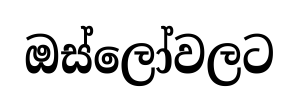
ඔස්ලෝවලට